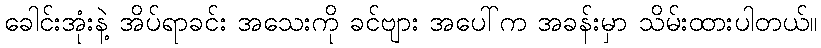
ခေါင်းအုံးနဲ့ အိပ်ရာခင်း အသေးကို ခင်ဗျား အပေါ်က အခန်းမှာ သိမ်းထားပါတယ်။